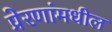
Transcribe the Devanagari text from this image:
प्रेरणांमधील